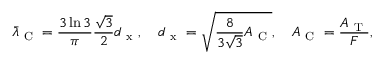
\bar { \lambda } _ { \mathrm { ~ C ~ } } = \frac { 3 \ln 3 } { \pi } \frac { \sqrt { 3 } } { 2 } d _ { \mathrm { ~ x ~ } } , \quad d _ { \mathrm { ~ x ~ } } = \sqrt { \frac { 8 } { 3 \sqrt { 3 } } A _ { \mathrm { ~ C ~ } } } , \quad A _ { \mathrm { ~ C ~ } } = \frac { A _ { \mathrm { ~ T ~ } } } { F } ,